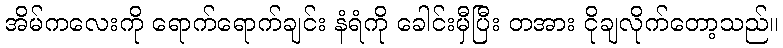
အိမ်ကလေးကို ရောက်ရောက်ချင်း နံရံကို ခေါင်းမှီပြီး တအား ငိုချလိုက်တော့သည်။